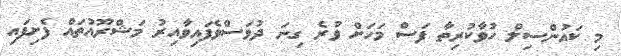
މި ކައުންސިލް ހުވާކުރިތާ ފަސް މަހަށް ވުރެ ގިނަ ދުވަސްވެފައިވާއިރު މަޝްރޫއުތައް ފެށިފައި